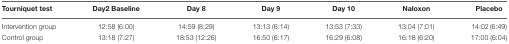
<table><thead><tr><td><b>Tourniquet test</b></td><td><b>Day2 Baseline</b></td><td><b>Day 8</b></td><td><b>Day 9</b></td><td><b>Day 10</b></td><td><b>Naloxon</b></td><td><b>Placebo</b></td></tr></thead><tbody><tr><td>Intervention group</td><td>12:58 (6:00)</td><td>14:59 (8:29)</td><td>13:13 (6:14)</td><td>13:53 (7:33)</td><td>13:04 (7:01)</td><td>14:02 (6:49)</td></tr><tr><td>Control group</td><td>13:18 (7:27)</td><td>18:53 (12:26)</td><td>16:50 (6:17)</td><td>16:29 (6:08)</td><td>16:18 (6:20)</td><td>17:00 (6:04)</td></tr></tbody></table>